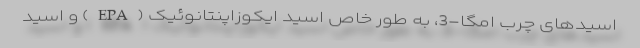
اسیدهای چرب امگا-3، به طور خاص اسید ایکوزاپنتانوئیک (EPA) و اسید